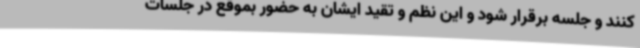
کنند و جلسه برقرار شود و این نظم و تقید ایشان به حضور بموقع در جلسات